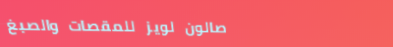
صالون لويز للمقصات والصبغ